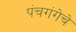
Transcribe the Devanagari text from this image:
पंचगंगेचे